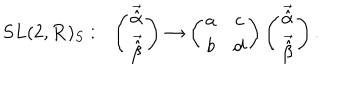
S L ( 2 , { \bf R } ) _ { S } : \ \ \left( \begin{matrix} { { \vec { \hat { \alpha } } } } \\ { { \vec { \hat { \beta } } } } \\ \end{matrix} \right) \to \left( \begin{matrix} { { a } } & { { c } } \\ { { b } } & { { d } } \\ \end{matrix} \right) \left( \begin{matrix} { { \vec { \hat { \alpha } } } } \\ { { \vec { \hat { \beta } } } } \\ \end{matrix} \right) .